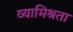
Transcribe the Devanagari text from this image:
व्यामिश्रता